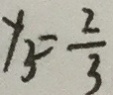
y _ { 3 } = \frac { 2 } { 3 }